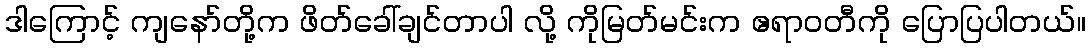
ဒါကြောင့် ကျနော်တို့က ဖိတ်ခေါ်ချင်တာပါ လို့ ကိုမြတ်မင်းက ဧရာဝတီကို ပြောပြပါတယ်။